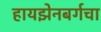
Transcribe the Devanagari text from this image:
हायझेनबर्गचा